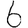
Digit: 6